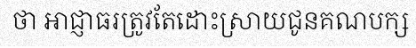
ថា អាជ្ញាធរត្រូវតែដោះស្រាយជូនគណបក្ស